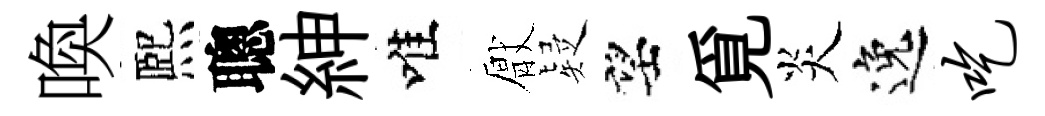
喚熈聰紳唯厭疑望覓炎逸吃